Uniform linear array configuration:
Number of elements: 48
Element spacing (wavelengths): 0.5
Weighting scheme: hamming
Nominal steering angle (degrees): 45
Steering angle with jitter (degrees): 43.244
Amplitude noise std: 0.05
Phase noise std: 0.05

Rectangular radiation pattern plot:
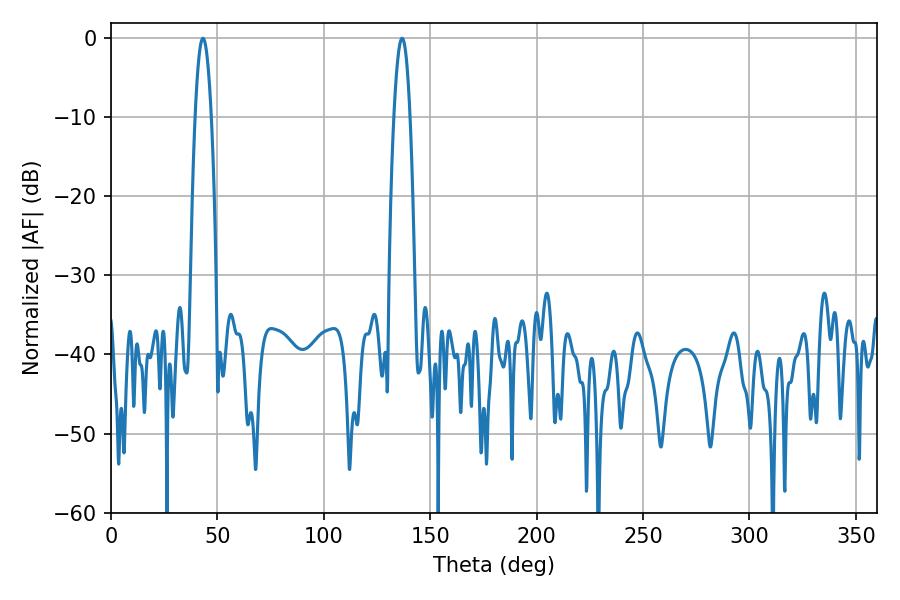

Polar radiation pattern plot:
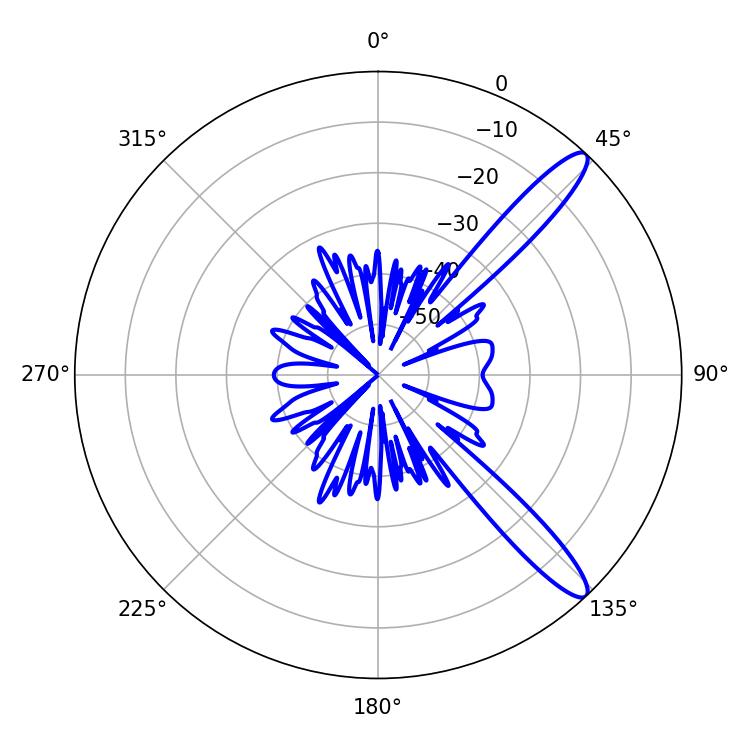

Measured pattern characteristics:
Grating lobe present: FALSE
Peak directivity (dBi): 12.659
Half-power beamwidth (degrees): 4.14
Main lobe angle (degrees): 43.2